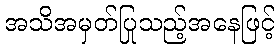
အသိအမှတ်ပြုသည့်အနေဖြင့်